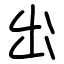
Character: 出